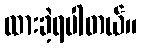
ထားခဲ့ရပါတယ်။